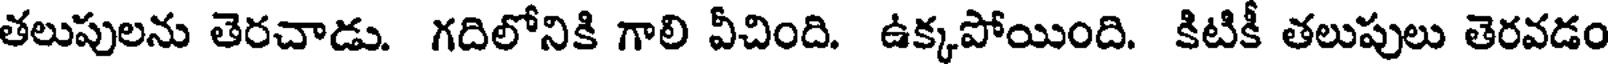
తలుపులను తెరచాడు. గదిలోనికి గాలి వీచింది. ఉక్కపోయింది. కిటికీ తలుపులు తెరవడం